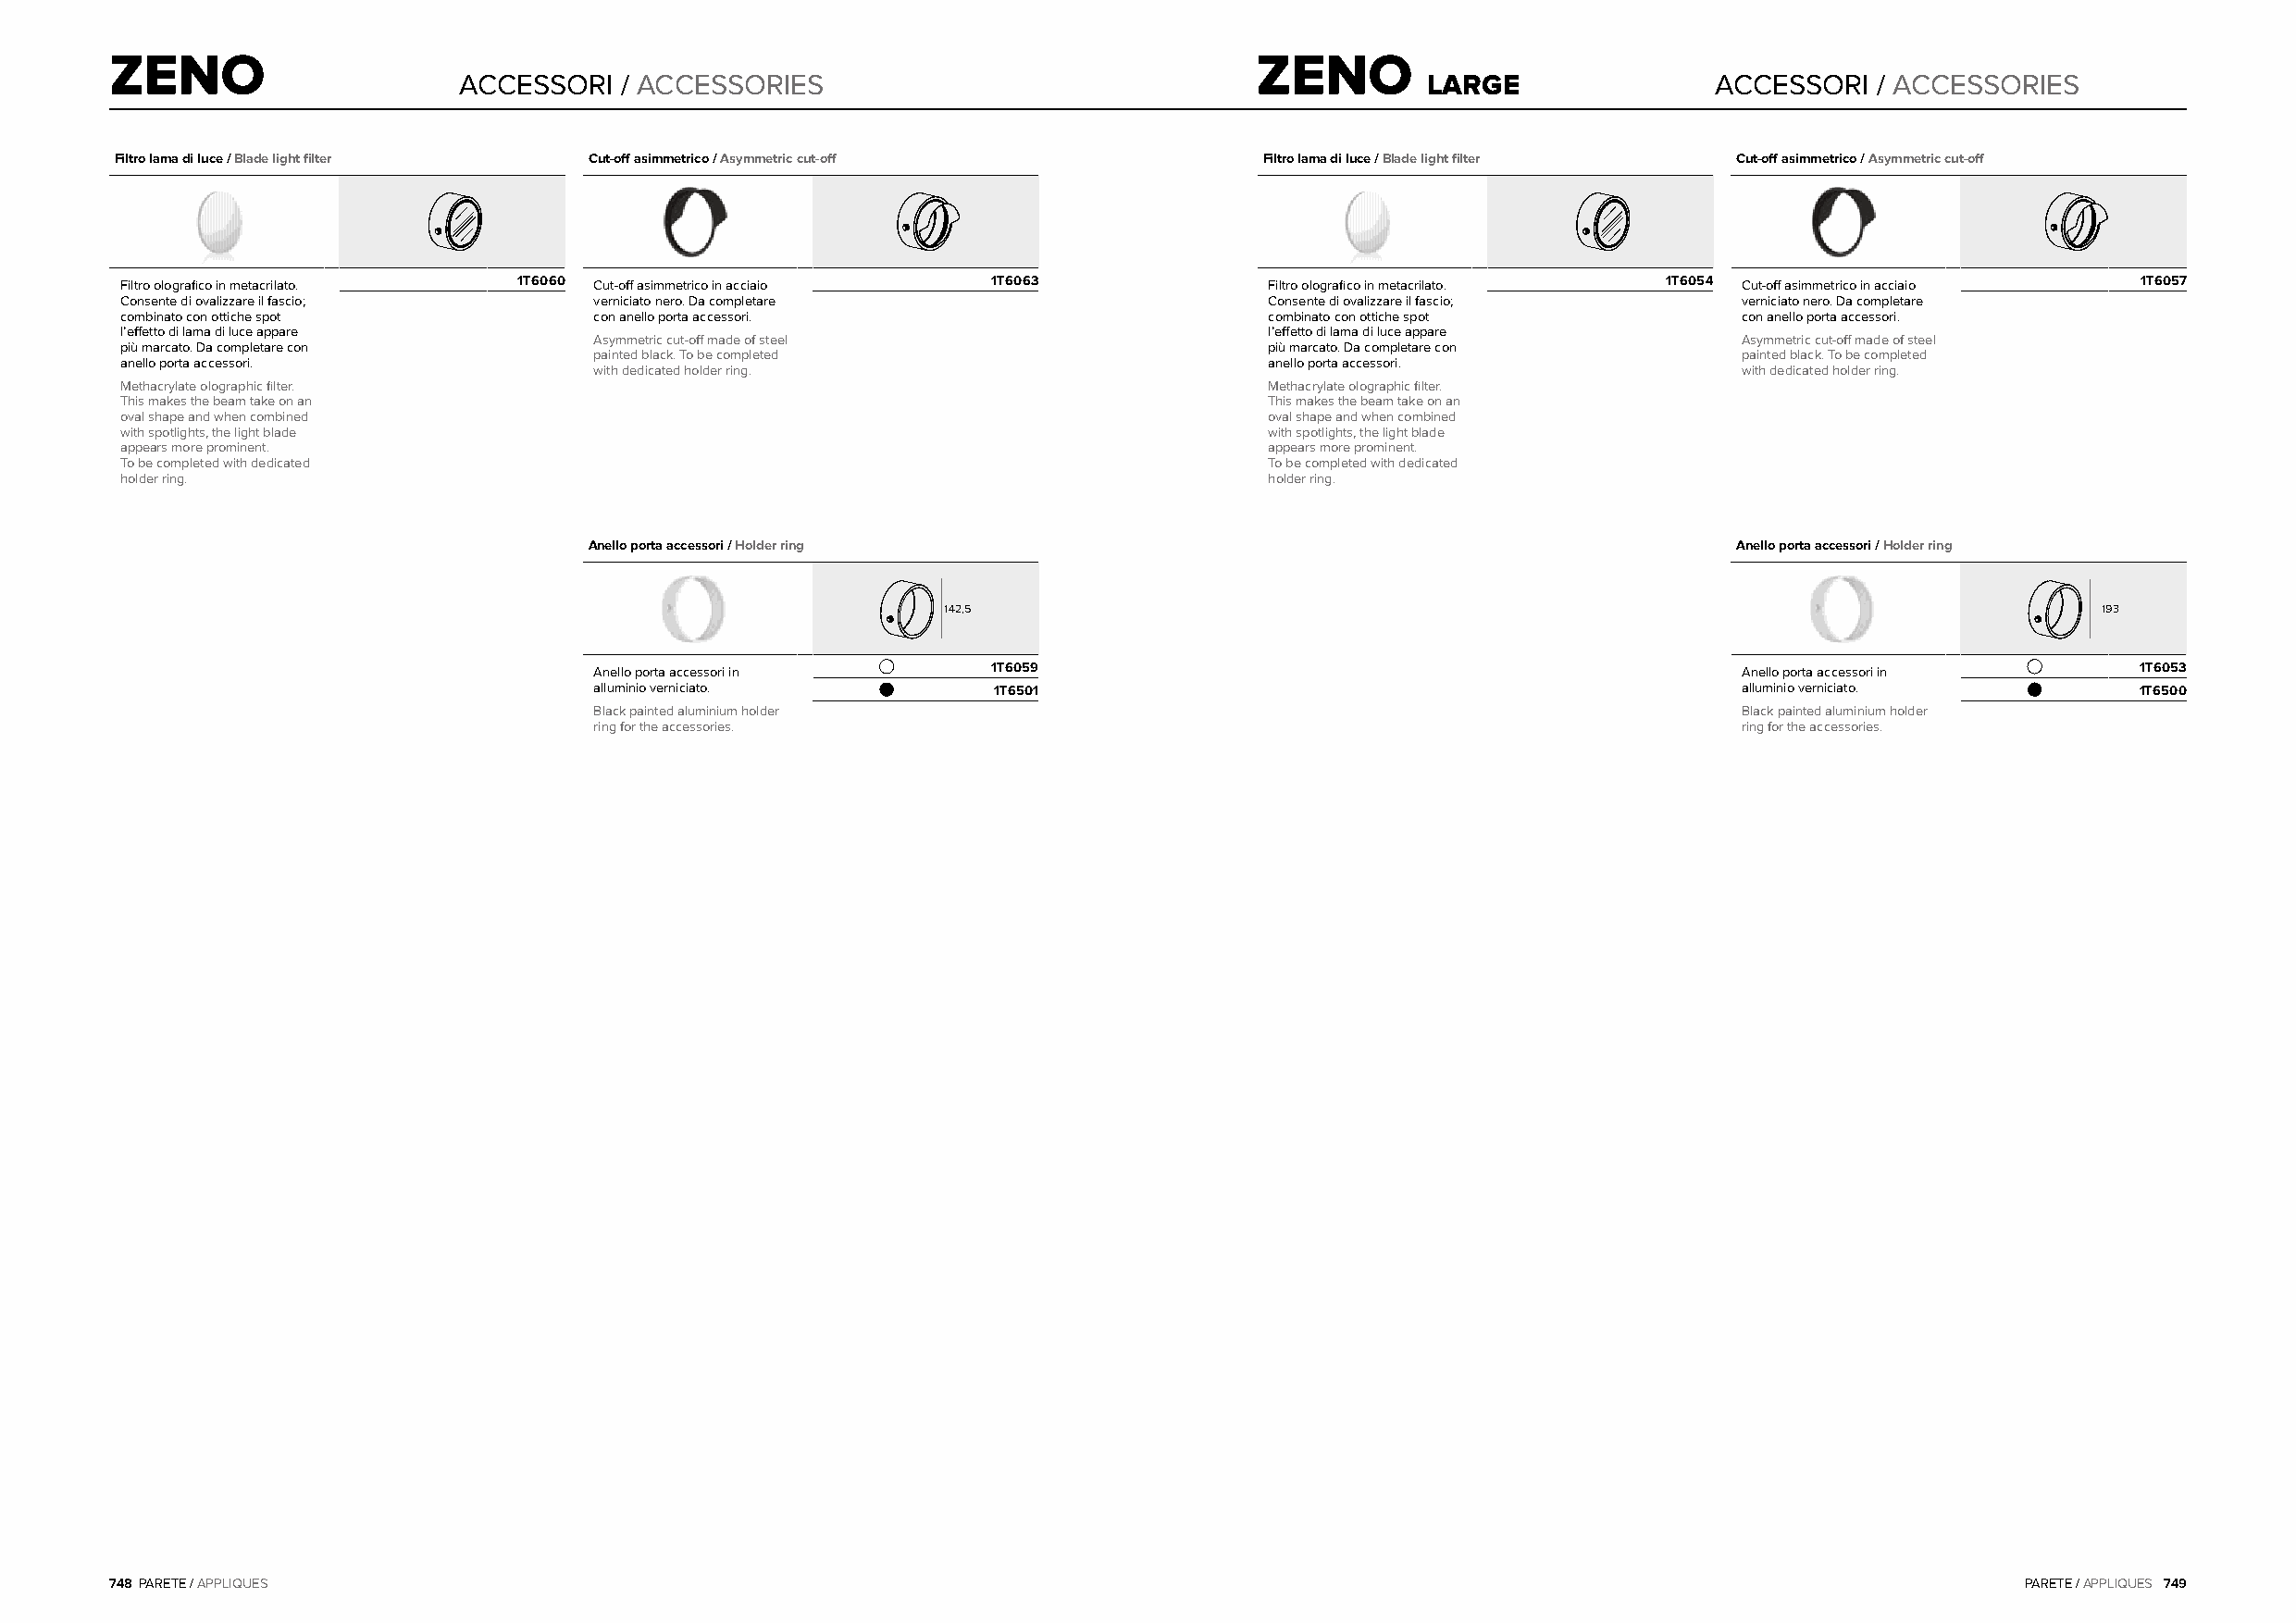
ZENO                                                                              ZENO
 ACCESSORI  / ACCESSORIES                                             LARGE                ACCESSORI  / ACCESSORIES
 Filtro lama di luce / Blade light filter Cut-off asimmetrico / Asymmetric cut-off Filtro lama di luce / Blade light filter Cut-off asimmetrico / Asymmetric cut-off
 Filtro olografico in metacrilato. 1T6060 Cut-off asimmetrico in acciaio 1T6063    Filtro olografico in metacrilato. 1T6054 Cut-off asimmetrico in acciaio 1T6057
 Consente di ovalizzare il fascio; verniciato nero. Da completare                  Consente di ovalizzare il fascio; verniciato nero. Da completare
 combinato con ottiche spot       con anello porta accessori.                      combinato con ottiche spot        con anello porta accessori.
 l’effetto di lama di luce appare                                                  l’effetto di lama di luce appare
 Asymmetric cut-off made of steel                                                   Asymmetric cut-off made of steel
 più marcato. Da completare con                                                    più marcato. Da completare con
 painted black. To be completed                                                     painted black. To be completed
 anello porta accessori.                                                           anello porta accessori.
 with dedicated holder ring.                                                        with dedicated holder ring.
 Methacrylate olographic filter.                                                   Methacrylate olographic filter.
 This makes the beam take on an                                                    This makes the beam take on an
 oval shape and when combined                                                      oval shape and when combined
 with spotlights, the light blade                                                  with spotlights, the light blade
 appears more prominent.                                                           appears more prominent.
 To be completed with dedicated                                                    To be completed with dedicated
 holder ring.                                                                      holder ring.
 Anello porta accessori / Holder ring                                              Anello porta accessori / Holder ring
 142,5                                                                             193
 Anello porta accessori in    1T6059                                                Anello porta accessori in   1T6053
 alluminio verniciato.        1T6501                                                alluminio verniciato.       1T6500
 Black painted aluminium holder                                                     Black painted aluminium holder
 ring for the accessories.                                                          ring for the accessories.
 748 PARETE / APPLIQUES                                                                                                                   PARETE / APPLIQUES 749